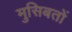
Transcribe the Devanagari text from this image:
मुसिबतों